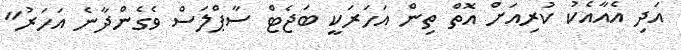
އަދި އެއާއެކު ކުރިއަށް އޮތް ތިން އަހަރަކީ ބަޖެޓް ސާޕްލަސް ވެގެންދާނެ އަހަރު"